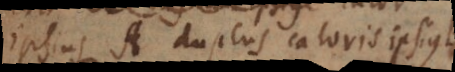
ipsius A duplus caloris ipsius